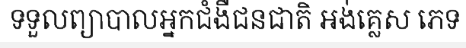
ទទួលព្យាបាលអ្នកជំងឺជនជាតិ អង់គ្លេស ភេទ